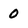
Character: 0